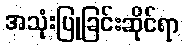
အသုံးပြုခြင်းဆိုင်ရာ